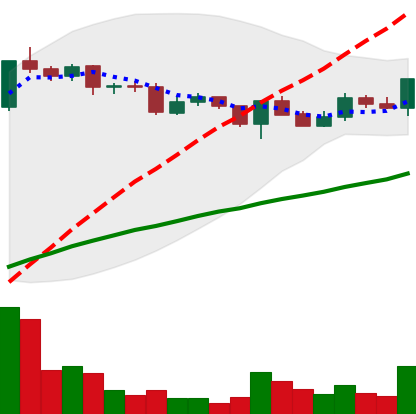
Ticker: XLM-USD
Chart end date: 2020-12-16
Forward return: -13.085%
Label: down_7plus